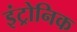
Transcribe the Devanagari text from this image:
इंट्रोनिक